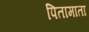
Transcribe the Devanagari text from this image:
पितामाता